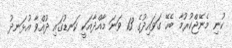
ކުނި މެނޭޖްކުރުމާ ބެހޭ ގަވައިދުގެ 13 ވަނަ މާއްދާއަކީ ކަނޑުގައި ދުއްވާ އުޅަނދު